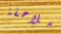
ملاحقة